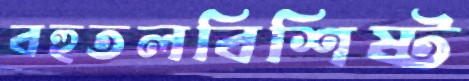
বহুতলবিশিষ্ট